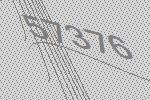
57376